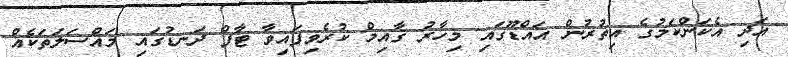
އަދި އެކަންކަމުގެ އިތުރުން އައްޑޫގައި މިހާރު ގާއިމް ކުރެވިފައިވާ ޓާފް ދަނޑުގައި މައްސަލަތަކެއް